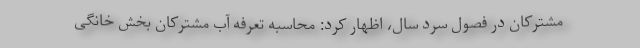
مشترکان در فصول سرد سال، اظهار کرد: محاسبه تعرفه آب‌ مشترکان بخش خانگی